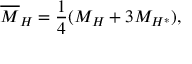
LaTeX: \overline { { { M } } } _ { H } = \frac { 1 } { 4 } ( M _ { H } + 3 M _ { H ^ { * } } ) ,